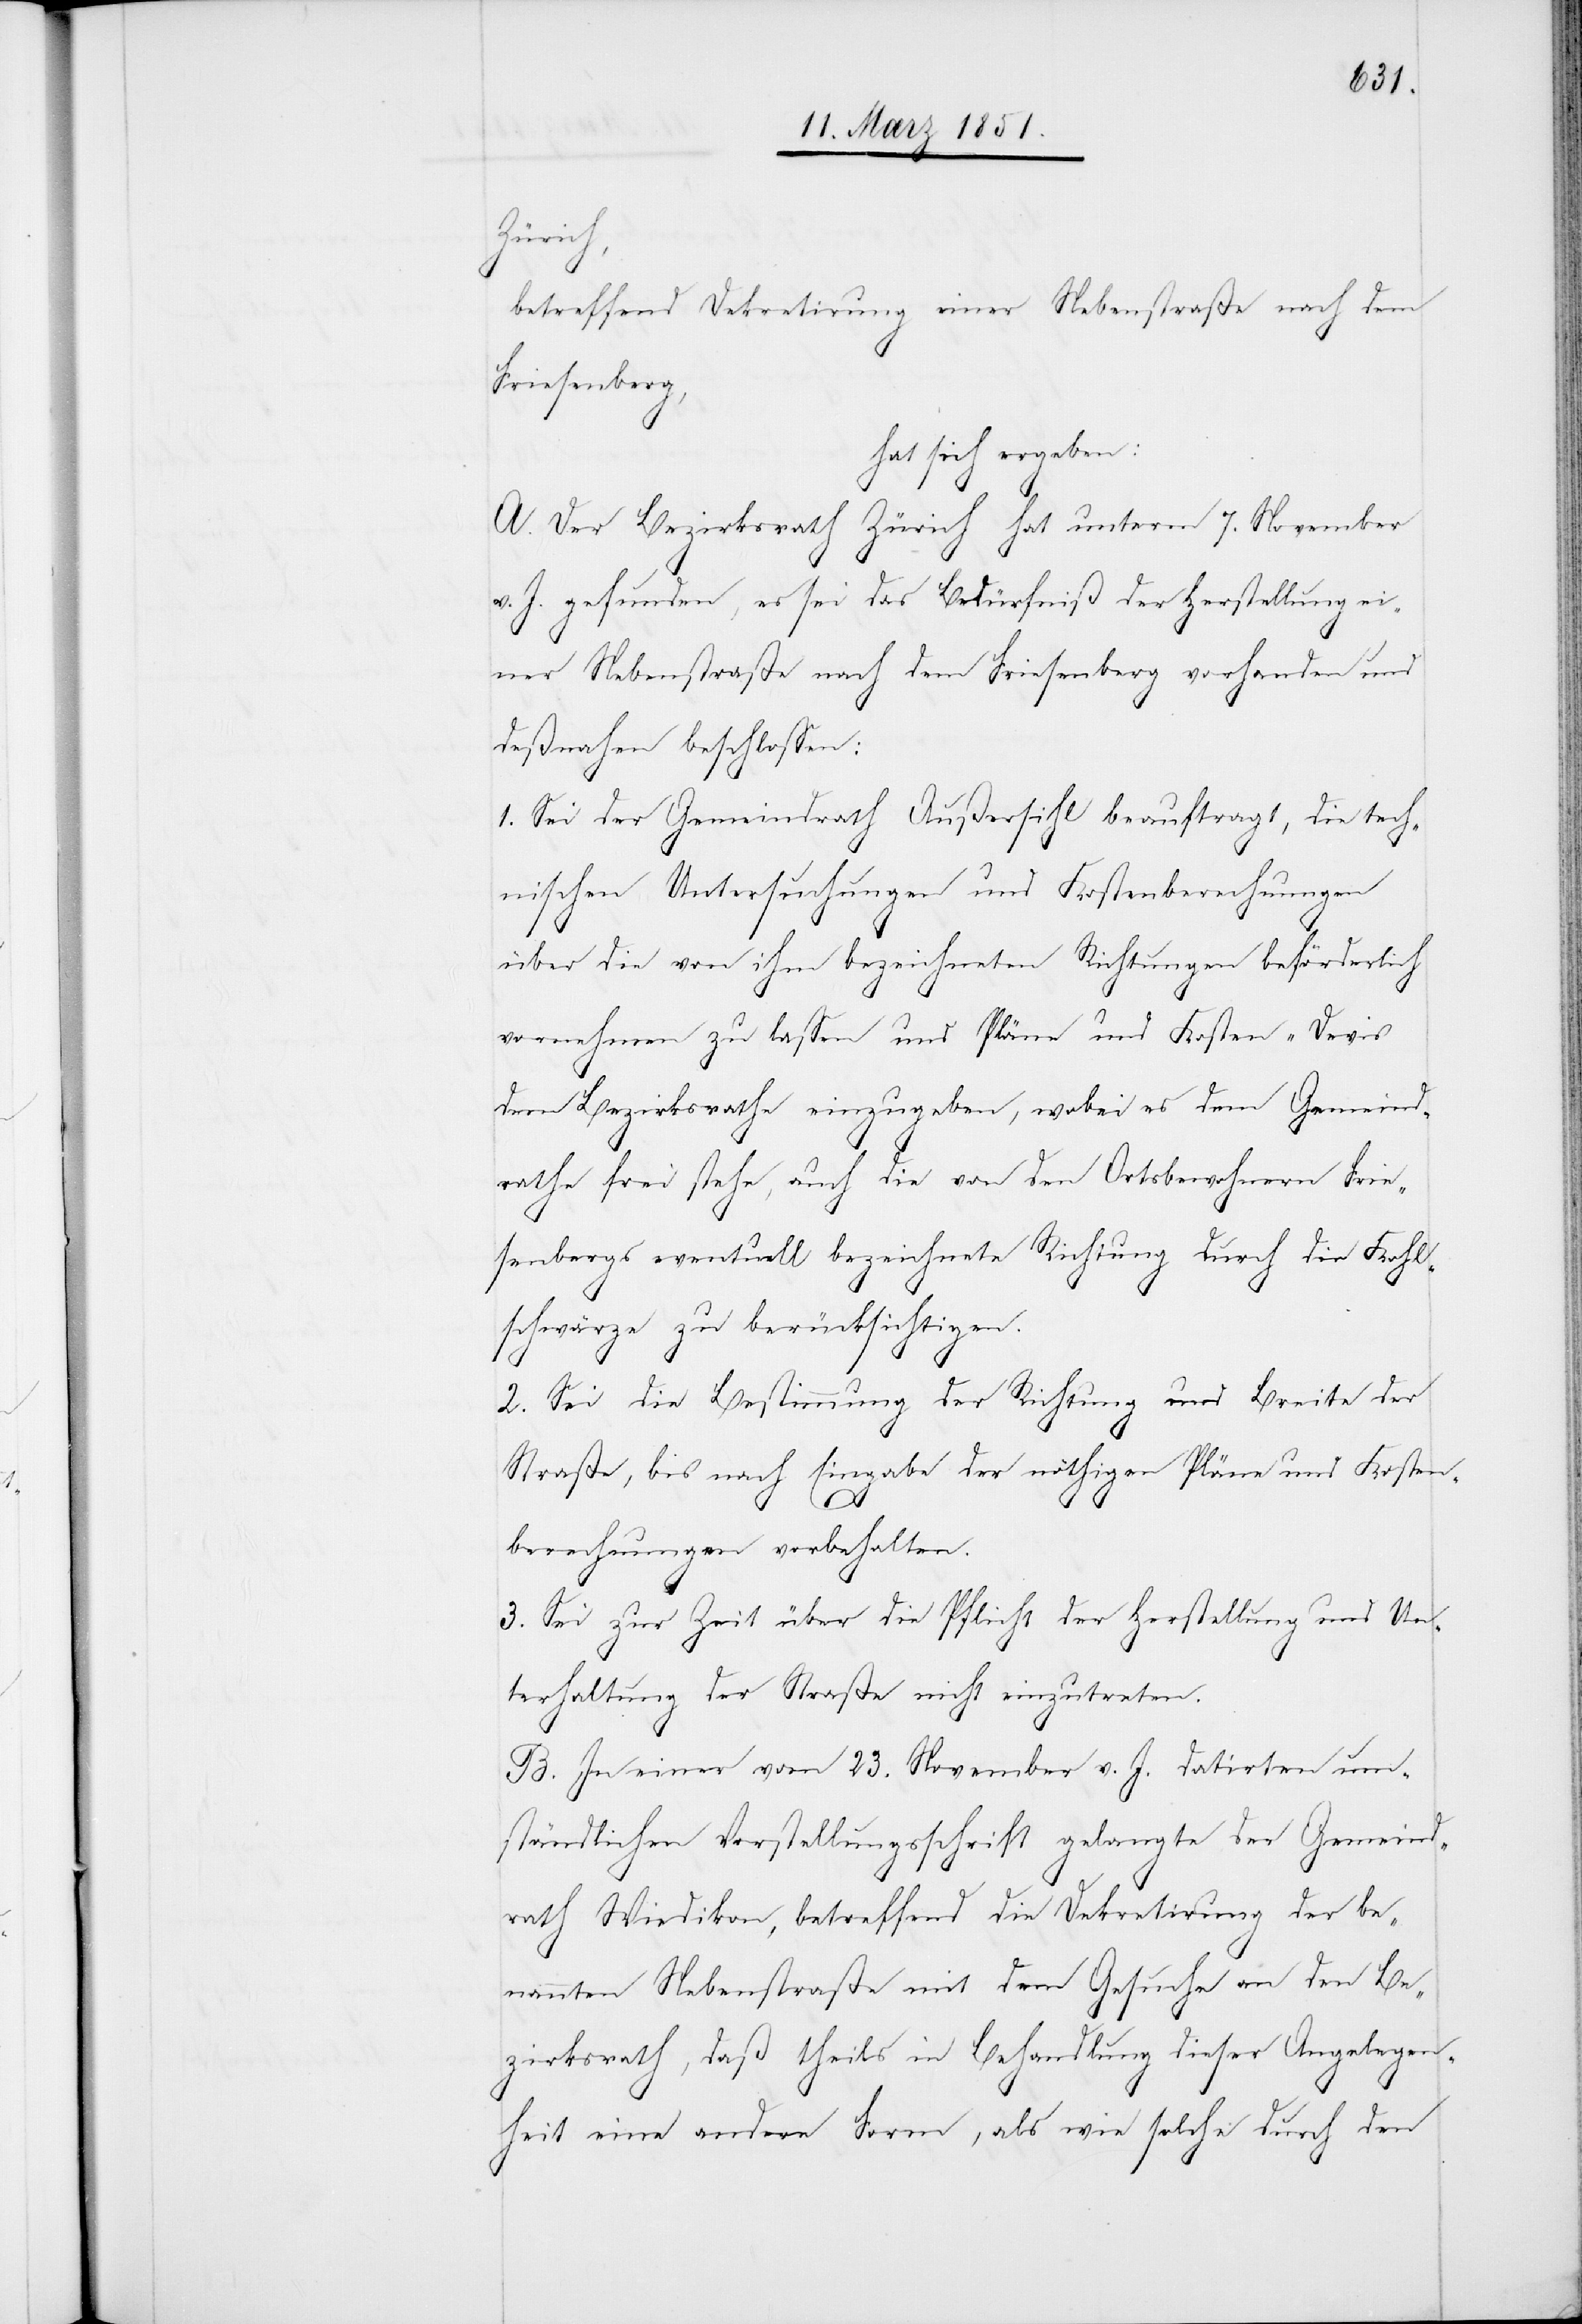
Zürich,
betreffend Dekretirung einer Nebenstraße nach dem
Friesenberg,
hat sich ergeben:
A. Der Bezirksrath Zürich hat unterm 7. November
v. J. gefunden, es sei das Bedürfniß der Herstellung ei¬
ner Nebenstraße nach dem Friesenberg vorhanden und
deßnahen beschlossen:
1. Sei der Gemeindrath Außersihl beauftragt, die tech¬
nischen Untersuchungen und Kostenberechnungen
über die von ihm bezeichneten Richtungen beförderlich
vornehmen zu lassen und Pläne und Kosten-Devis
dem Bezirksrathe einzugeben, wobei es dem Gemeind¬
rathe frei stehe, auch die von den Ortsbewohnern Frie¬
senbergs eventuell bezeichnete Richtung durch die Kohl¬
schwärze zu berücksichtigen.
2. Sei die Bestimmung der Richtung und Breite der
Straße, bis nach Eingabe der nöthigen Pläne und Kosten¬
berechnungen vorbehalten.
3. Sei zur Zeit über die Pflicht der Herstellung und Un¬
terhaltung der Straße nicht einzutreten.
B. In einer vom 23. November v. J. datirten um¬
ständlichen Vorstellungsschrift gelangte der Gemeind¬
rath Wiedikon, betreffend die Dekretirung der be¬
nannten Nebenstraße mit dem Gesuche an den Be¬
zirksrath, daß theils in Behandlung dieser Angelegen¬
heit eine andere Form, als wie solche durch den